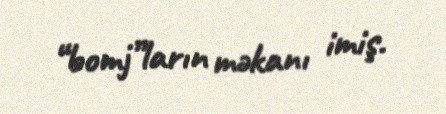
“bomj”ların məkanı imiş.